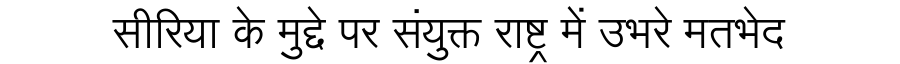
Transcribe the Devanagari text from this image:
सीरिया के मुद्दे पर संयुक्त राष्ट्र में उभरे मतभेद